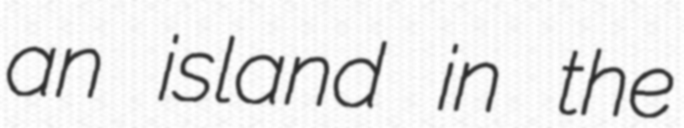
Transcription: an island in the